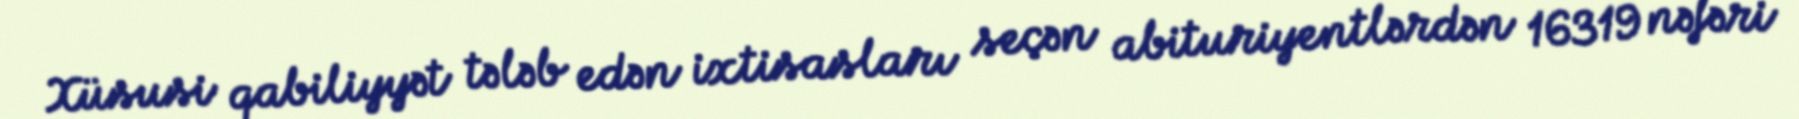
Xüsusi qabiliyyət tələb edən ixtisasları seçən abituriyentlərdən 16319 nəfəri